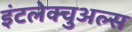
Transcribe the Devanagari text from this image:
इंटलेक्चुअल्स